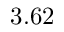
3 . 6 2